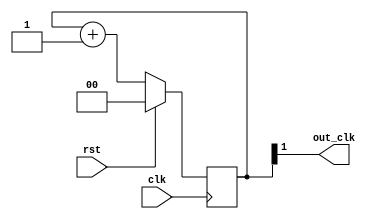
/* Automatically generated from https://wokwi.com/projects/341628725785264722 */

`default_nettype none

module div4_341628725785264722 ( clk ,rst, out_clk );
    output out_clk;
    input clk ;
    input rst;

    reg [1:0] data;
    assign out_clk = data[1];

    always @(posedge clk)
    begin
    if (rst)
         data <= 2'b0;
    else
         data <= data+1;	
    end
endmodule

module user_module_341628725785264722(
  input [7:0] io_in,
  output [7:0] io_out
);

wire clk, rst_n, shift_clk, shift_dta;
wire [2:0] clk_source;

assign clk = io_in[0];
assign rst_n = io_in[1];
assign shift_clk = io_in[2];
assign shift_dta = io_in[3];
assign clk_source[0] = io_in[4];
assign clk_source[1] = io_in[5];
assign clk_source[2] = io_in[6];


/*Shift register chain, 16-bit*/
reg [11:0] shifter;

always @(posedge shift_clk)
begin
    shifter[11:1] <= shifter[10:0];
    shifter[0]   <= shift_dta;
end

/*Clock sources*/
//0
wire c0_1 = clk;
wire c0_output;
div4_341628725785264722 tmp0(c0_1, rst_n, c0_output);

//1
wire c1_1, c1_2, c1_3, c1_output;
assign c1_1 = c1_3 ^ shifter[0];
assign c1_2 = c1_1 ^ shifter[1];
assign c1_3 = c1_2 ^ shifter[2];
div4_341628725785264722 tmp1(c1_3, rst_n, c1_output);

//2
wire c2_1, c2_2, c2_3, c2_4, c2_5, c2_output;
assign c2_1 = c2_5 ^ shifter[0];
assign c2_2 = c2_1 ^ shifter[1];
assign c2_3 = c2_2 ^ shifter[2];
assign c2_4 = c2_3 ^ shifter[3];
assign c2_5 = c2_4 ^ shifter[4];
div4_341628725785264722 tmp2(c2_5, rst_n, c2_output);

//3
wire c3_1, c3_output;
assign c3_1 = c3_1 ^ shifter[0];
div4_341628725785264722 tmp3(c3_1, rst_n, c3_output);

//4 - requires shifter configuration to convert one stage to buffer 
wire c4_1, c4_2, c4_output;
assign c4_1 = c4_2 ^ shifter[0];
assign c4_2 = c4_1 ^ shifter[1];
div4_341628725785264722 tmp4(c4_2, rst_n, c4_output);

//5 - NAND version
wire c5_1, c5_2, c5_3, c5_4, c5_5, c5_output;
assign c5_1 = ~(c5_5 & shifter[0]);
assign c5_2 = ~(c5_1 & shifter[1]);
assign c5_3 = ~(c5_2 & shifter[2]);
assign c5_4 = ~(c5_3 & shifter[3]);
assign c5_5 = ~(c5_4 & shifter[4]);
div4_341628725785264722 tmp5(c5_5, rst_n, c5_output);

//6 - NOR version
wire c6_1, c6_2, c6_3, c6_4, c6_5, c6_output;
assign c6_1 = ~(c6_5 | shifter[0]);
assign c6_2 = ~(c6_1 | shifter[1]);
assign c6_3 = ~(c6_2 | shifter[2]);
assign c6_4 = ~(c6_3 | shifter[3]);
assign c6_5 = ~(c6_4 | shifter[4]);
div4_341628725785264722 tmp6(c6_5, rst_n, c6_output);

//7 - + version
wire c7_1, c7_2, c7_3, c7_4, c7_5, c7_output;
assign c7_1 = (c7_5 + shifter[0] + shifter[1]);
assign c7_2 = (c7_1 + shifter[2] + shifter[3]);
assign c7_3 = (c7_2 + shifter[4] + shifter[5]);
assign c7_4 = (c7_3 + shifter[6] + shifter[7]);
assign c7_5 = (c7_4 + shifter[8] + shifter[9]);
div4_341628725785264722 tmp7(c7_5, rst_n, c7_output);

/*Clock selector*/
reg selected_clock;
always @ (*) begin
    case (clk_source)
        3'b000 : selected_clock = c0_output;  
        3'b001 : selected_clock = c1_output;  
        3'b010 : selected_clock = c2_output;  
        3'b011 : selected_clock = c3_output;  
        3'b100 : selected_clock = c4_output;
        3'b101 : selected_clock = c5_output;
        3'b110 : selected_clock = c6_output;
        3'b111 : selected_clock = c7_output;
    endcase
end
  
reg [29 : 0] data;
assign io_out[0] = data[7];
assign io_out[1] = data[11];
assign io_out[2] = data[15];
assign io_out[3] = data[19];
assign io_out[4] = data[23];
assign io_out[5] = data[27];
assign io_out[6] = data[29];
assign io_out[7] = shifter[11];
//div4_341628725785264722 tmp1(clk, rst_n, io_out[6]);

always @ (posedge selected_clock or posedge rst_n) begin
  if (rst_n) begin
    data <= 'b0;
  end
  else begin
    data <= data + 1'b1;
  end
end

endmodule